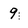
Character: 9